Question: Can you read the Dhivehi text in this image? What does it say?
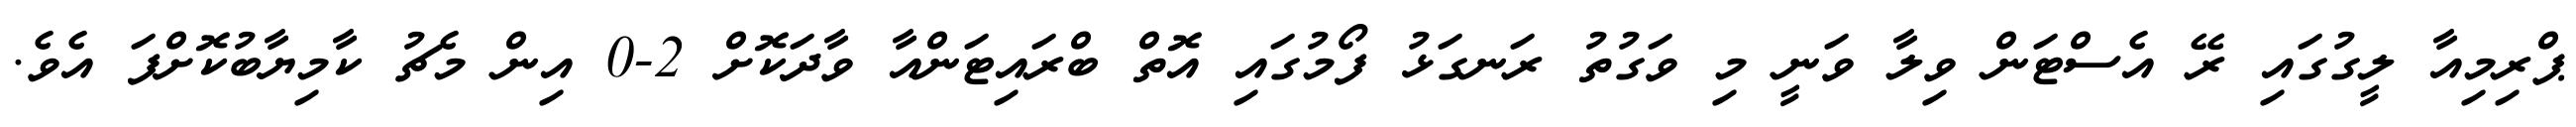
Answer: ޕްރިމިއާ ލީގުގައި ރޭ އެސްޓަން ވިލާ ވަނީ މި ވަގުތު ރަނގަޅު ފޯމުގައި އޮތް ބްރައިޓަންއާ ވާދަކޮށް 2-0 އިން މެޗު ކާމިޔާބުކޮށްފަ އެވެ.